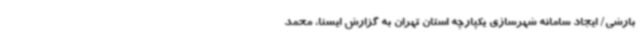
بارشی/ ایجاد سامانه شهرسازی یکپارچه استان تهران به گزارش ایسنا، محمد